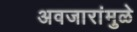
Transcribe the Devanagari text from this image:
अवजारांमुळे